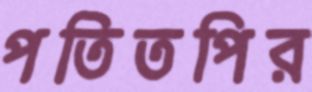
পতিতপির